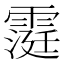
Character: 𮦧